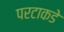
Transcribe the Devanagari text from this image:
परटाकडे